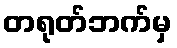
တရုတ်ဘက်မှ